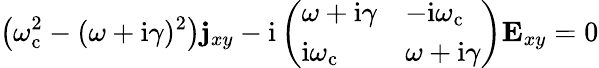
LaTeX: \left(\omega_{\mathrm{c}}^{2}-(\omega+\mathrm{i}\gamma)^{2}\right)\mathbf{j}_{xy}-\mathrm{i}\left(\begin{array}{ll}{\omega+\mathrm{i}\gamma}&{-\mathrm{i}\omega_{\mathrm{c}}}\\ {\mathrm{i}\omega_{\mathrm{c}}}&{\omega+\mathrm{i}\gamma}\end{array}\right)\mathbf{E}_{xy}=0